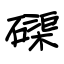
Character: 磲